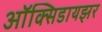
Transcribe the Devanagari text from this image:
ऑक्‍सिडायझर